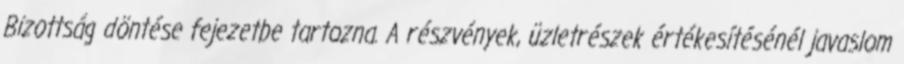
Bizottság döntése fejezetbe tartozna. A részvények, üzletrészek értékesítésénél javaslom